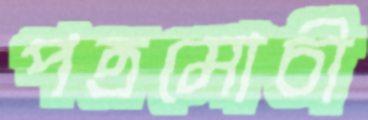
পত্রমোচী